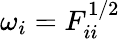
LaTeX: \omega_{i}=F_{ii}^{1/2}